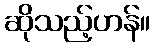
ဆိုသည့်ဟန်။